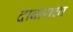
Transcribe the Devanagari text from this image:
दाबायचा